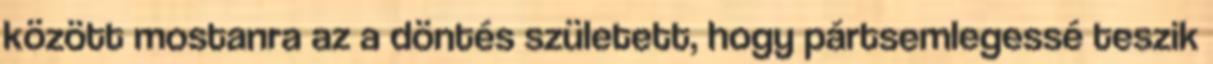
között mostanra az a döntés született, hogy pártsemlegessé teszik